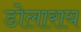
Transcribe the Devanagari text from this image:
डोलाराय